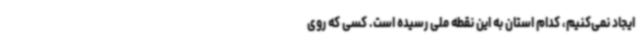
ایجاد نمی‌کنیم، کدام استان به این نقطه ملی رسیده‌ است. کسی که روی